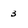
Character: 3